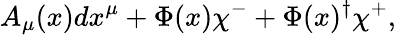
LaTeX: A_{\mu}(x)dx^{\mu}+\Phi(x)\chi^{-}+\Phi(x)^{\dagger}\chi^{+},